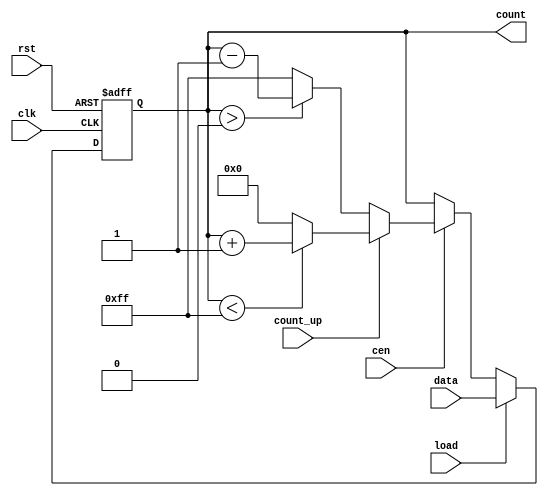
module SynchronousLoadCounter #(
    parameter WIDTH = 8,            // Width of the counter
    parameter MAX_VALUE = 8'hFF,    // Maximum value for wrap-around in up counting
    parameter MIN_VALUE = 8'h00     // Minimum value for wrap-around in down counting
)(
    input wire clk,                 // Clock signal
    input wire rst,                 // Asynchronous reset
    input wire load,                // Load control signal
    input wire [WIDTH-1:0] data,    // Data input for loading
    input wire cen,                 // Count enable signal
    input wire count_up,            // Counting direction: 1 for up, 0 for down
    output reg [WIDTH-1:0] count    // Current count value
);

    // Always block to handle the counter logic
    always @(posedge clk or posedge rst) begin
        if (rst) begin
            count <= MIN_VALUE;      // Reset the counter to minimum value
        end else if (load) begin
            count <= data;           // Load the specified value
        end else if (cen) begin
            if (count_up) begin
                if (count < MAX_VALUE) begin
                    count <= count + 1; // Increment
                end else begin
                    count <= MIN_VALUE;  // Wrap-around to minimum
                end
            end else begin
                if (count > MIN_VALUE) begin
                    count <= count - 1; // Decrement
                end else begin
                    count <= MAX_VALUE;  // Wrap-around to maximum
                end
            end
        end
    end

endmodule